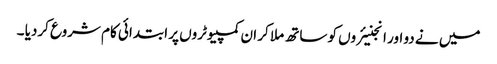
میں نے دو اور انجنیئروں کو ساتھ ملا کر ان کمپیوٹروں پر ابتدائی کام شروع کردیا ۔